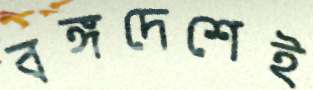
বঙ্গদেশেই